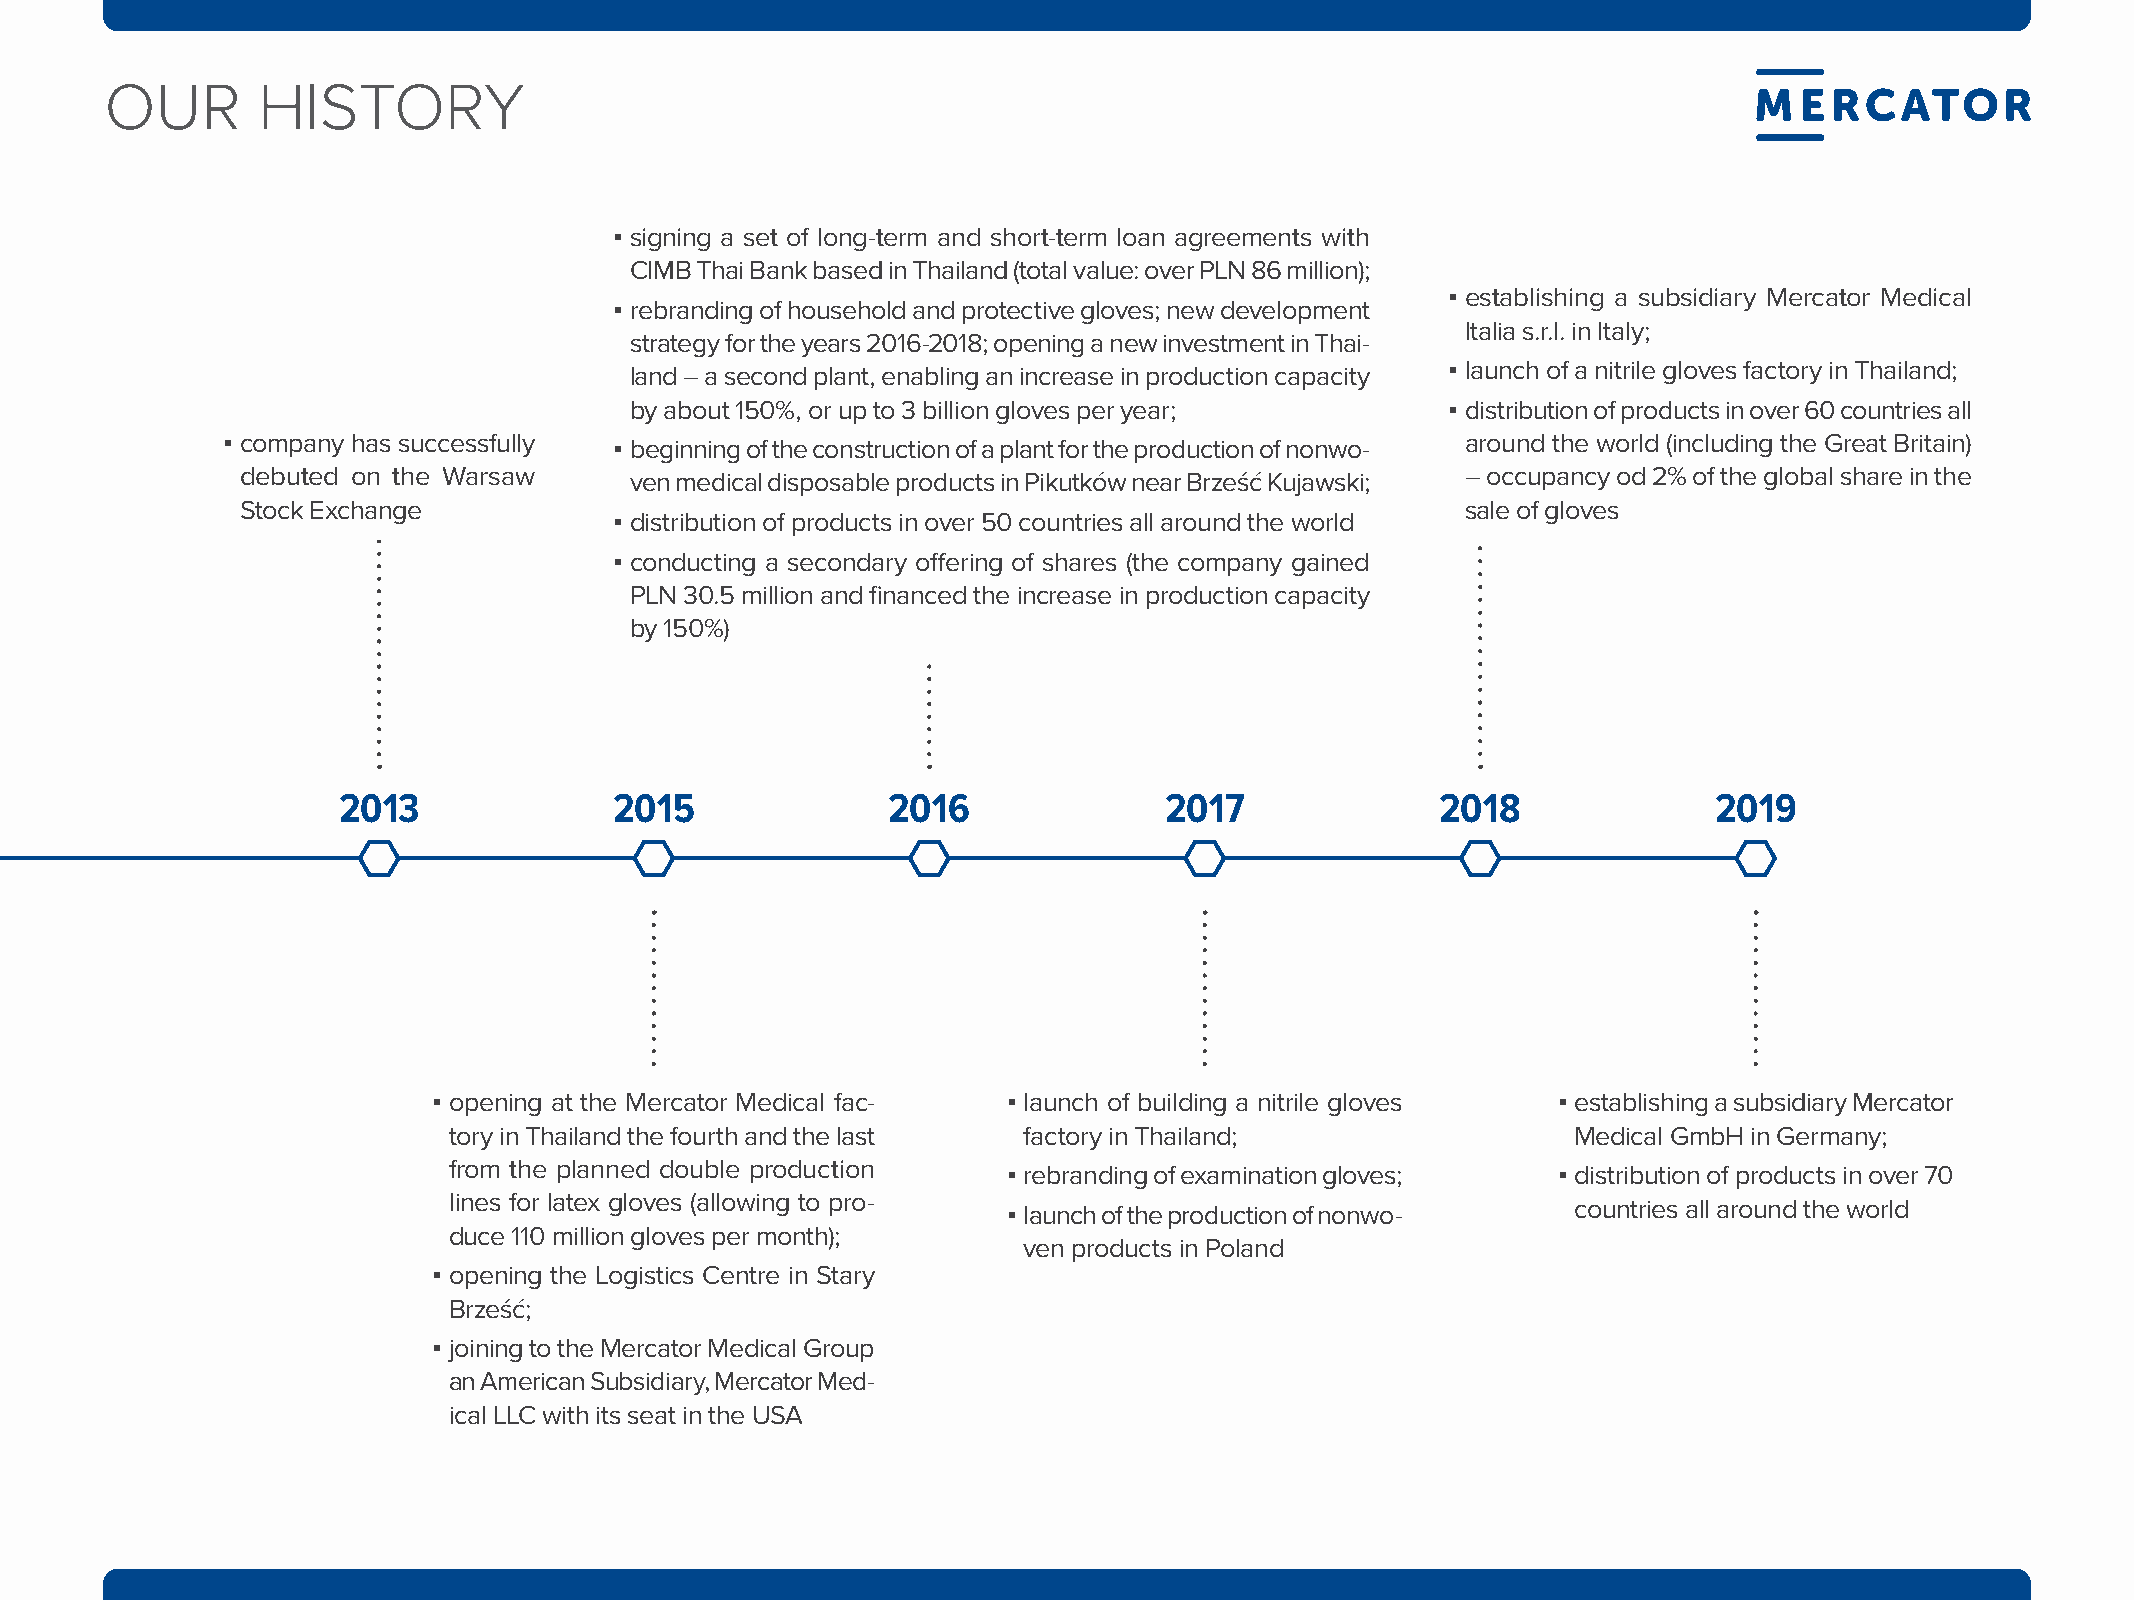
Our       HIstOry
 ▪ signing a set of long-term and short-term loan agreements with
 CIMB Thai Bank based in Thailand (total value: over PLN 86 million);
 ▪ establishing a subsidiary Mercator Medical
 ▪ rebranding of household and protective gloves; new development
 Italia s.r.l. in Italy;
 strategy for the years 2016-2018; opening a new investment in Thai-
 land – a second plant, enabling an increase in production capacity ▪ launch of a nitrile gloves factory in Thailand;
 by about 150%, or up to 3 billion gloves per year;    ▪ distribution of products in over 60 countries all
 ▪ company has successfully ▪ beginning of the construction of a plant for the production of nonwo- around the world (including the Great Britain)
 debuted on the Warsaw     ven medical disposable products in Pikutków near Brześć Kujawski; – occupancy od 2% of the global share in the
 Stock Exchange                                                                   sale of gloves
 ▪ distribution of products in over 50 countries all around the world
 ▪ conducting a secondary offering of shares (the company gained
 PLN 30.5 million and financed the increase in production capacity
 by 150%)
 2013               2015              2016              2017              2018              2019
 ▪ opening at the Mercator Medical fac- ▪ launch of building a nitrile gloves ▪ establishing a subsidiary Mercator
 tory in Thailand the fourth and the last factory in Thailand;             Medical GmbH in Germany;
 from the planned double production
 ▪ rebranding of examination gloves; ▪ distribution of products in over 70
 lines for latex gloves (allowing to pro-
 ▪ launch of the production of nonwo- countries all around the world
 duce 110 million gloves per month);
 ven products in Poland
 ▪ opening the Logistics Centre in Stary
 Brześć;
 ▪ joining to the Mercator Medical Group
 an American Subsidiary, Mercator Med-
 ical LLC with its seat in the USA